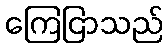
ကြေငြာသည်